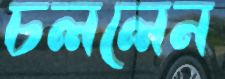
চললেন